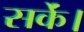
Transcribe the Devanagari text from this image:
सकेंं।